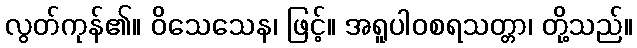
လွတ်ကုန်၏။ ဝိသေသေန၊ ဖြင့်။ အရူပါဝစရသတ္တာ၊ တို့သည်။